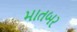
માતબર